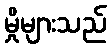
မှိုများသည်